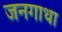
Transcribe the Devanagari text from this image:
जनगाथा